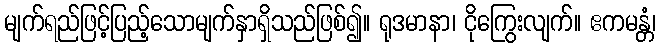
မျက်ရည်ဖြင့်ပြည့်သောမျက်နှာရှိသည်ဖြစ်၍။ ရုဒမာနာ၊ ငိုကြွေးလျက်။ ဧကမန္တံ၊